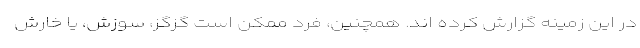
در این زمینه گزارش کرده اند. همچنین، فرد ممکن است گزگز، سوزش، یا خارش